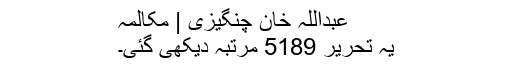
عبداللہ خان چنگیزی | مکالمہ
یہ تحریر 5189 مرتبہ دیکھی گئی۔